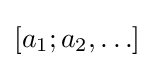
[a_{1};a_{2},\ldots ]